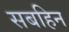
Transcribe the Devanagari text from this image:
सबहिन